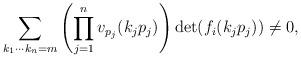
LaTeX: \begin{align*} \sum_{k_1\dotsm k_n =m} \left(\prod_{j=1}^n v_{p_j}(k_jp_j)\right) \det(f_i(k_jp_j)) \neq 0,\end{align*}